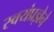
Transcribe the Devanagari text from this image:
स्वयंप्रज्ञेने